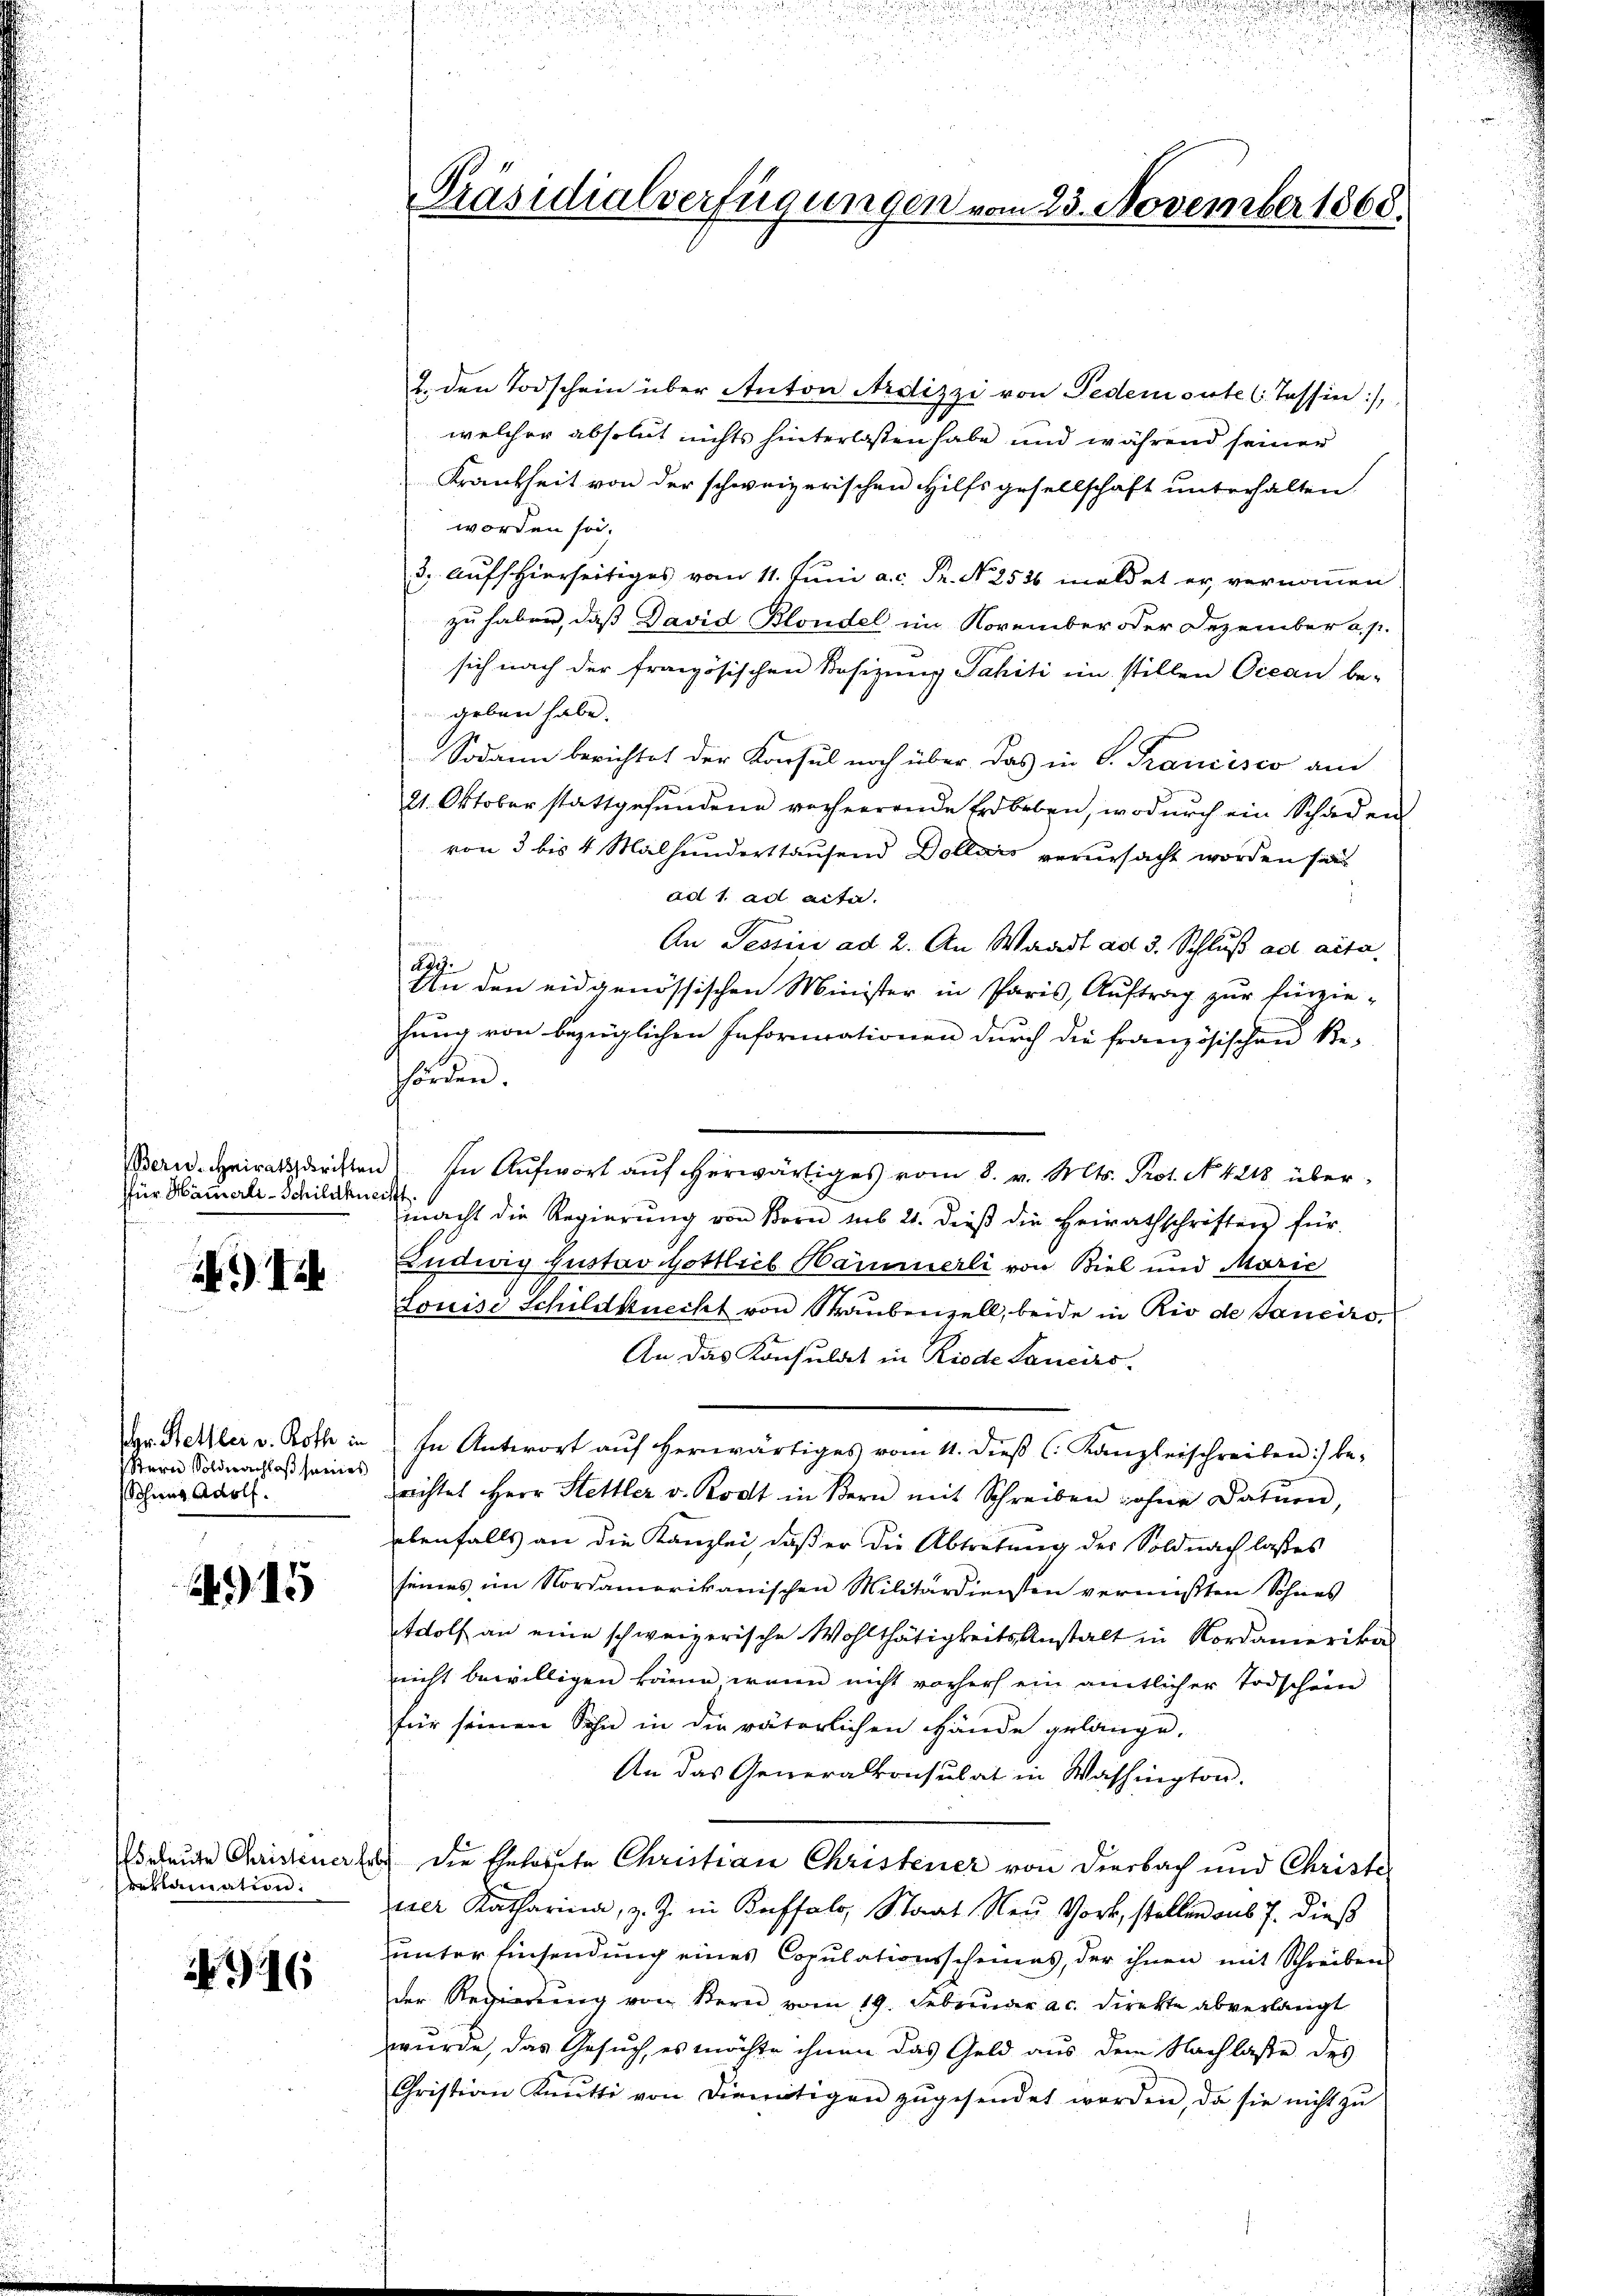
für Hammerli-Schildku

). Ich

Hr. Hettler v. Roth in
Stern Soldnachloß seines
Schweg Adolf.

) 15

eleute Christeuerf
reklamation.

46

Präsidialverfügungen vom 23. November 1868.

2. den Todschein über Anton Ardizzi von Pedemente (Tessin:/,
welcher absolut nichts hinterlassen habe und während seiner
Frankheit von der schweizerischen Hilfsgesellschaft unterhalten.
worden sei.
3. Auff hierseitiges vom 11. Juni a.c. Pr. No 2536 meldet er vernommen
zu haben, daß David Blondel im November oder Dezember a. p.
sich nach der französischen Besizung Jahiti im stillen Ocean be-
geben habe.
Sodann berichtet der Konsul noch über das in P. Francisco am
21. Oktober stattgefundene recheerende Erdbeben, wodurch ein Schaden
von 3 bis 4 Malhunderstausend Dollars verursacht worden sie
ad 1. ad acta.
An Tessin ad 2. An Waadt ad 3. Schluß ad acta.
Ady.
An den eidgenössischen Minister in Paris, Auftrag zur fürzie-
hung von bezüglichen Informationen durch die französischen Re-
hörden.
ern. Heiraturisten In Aŭfwort aŭf herwärtiges vom 8. v. Mts. Prot. N. 4218 überist
macht die Regierŭng von Born sub 21. dieβ die Heirathschriften für
Ludwig Gustav Gottlieb Hammerli von Biel und Marie
Louise Schildknecht von Straubenzell, beide in Rio de sanciro,
An das Konsuldet in Riode Lancirs.
In Antwort aŭf herwärtiges vom 11. dieβ (: Kanzleischreiben :/ be-
richtet Herr Stettler v. Rodt in Bern mit Schreiben ohne Datuen,
ebenfalls an die Kanzlei, daß er die Abtretung der Soldnach lasses
seines im Nordamerikanischen Militärdiensten vermißten Sohnes
Wolf an eine schweizerische Wohlthätigkeits Anstalt in Nordamerika
nicht bewilligen kann, wenn nicht vorhers ein amtlicher Todschein
für seinen Sohn in die väterlichen Hände gelänge.
An das Generalkonsulat in Washington.
de die Ehelernte Christian Christener von Diesbach und Christe
irer Katharina, z. Z. in Buffalo, Staat Neu Vork, stellen aus 7. dieß
unter Einsendung eines Copulationsscheines, der ihnen mit Schreiben
der Regierung von Bern vom 19. Februar a.c. direkte abverlangt
wurde, das Gesuch, es möchte ihnen das Geld aus dem Nachlasse des
Christian Knŭtti von Dienötigen zŭgesendet worden, da sie nicht zŭ